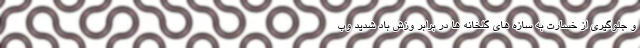
و جلوگیری از خسارت به سازه های گلخانه ها در برابر وزش باد شدید وب